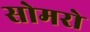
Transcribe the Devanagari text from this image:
सोमरो